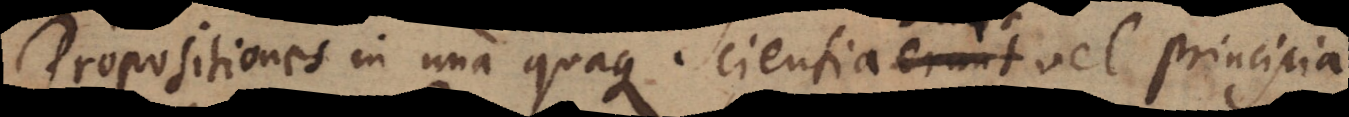
Propositiones in una quaque Scientia erunt sunt vel principia